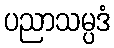
ပညာသမ္ပဒံ